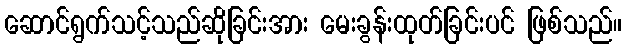
ဆောင်ရွက်သင့်သည်ဆိုခြင်းအား မေးခွန်းထုတ်ခြင်းပင် ဖြစ်သည်။